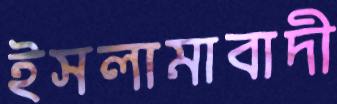
ইসলামাবাদী